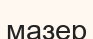
мазер